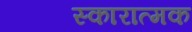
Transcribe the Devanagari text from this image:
स्कारात्मक